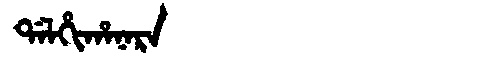
Manchu: ᡩᠠᠯᡥᡳᡥᠠᠨᠠᡵᠠ
Romanization: DALHIHANARA